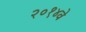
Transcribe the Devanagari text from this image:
२०१४वे